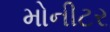
મોનીટર